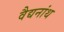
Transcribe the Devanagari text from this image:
वैद्यनांथ